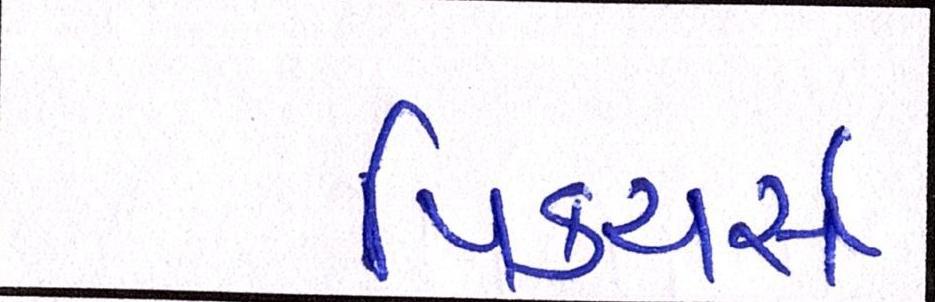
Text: પિક્ચર્સ